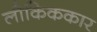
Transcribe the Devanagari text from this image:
लौकिककार